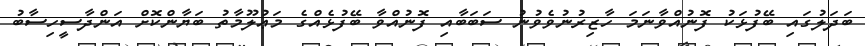
ބަދަލުގައި ބޭފުޅަކު ފޮނުއްވާނަމަ ހާޒިރުނުވެވުނު ސަބަބާއި ފޮނުއްވާ ބޭފުޅެއްގެ މަޢުލޫމާތު ބަޔާންކޮށް އަންދާސީހިސާބު